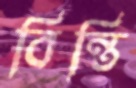
বিন্তি